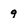
Character: 9